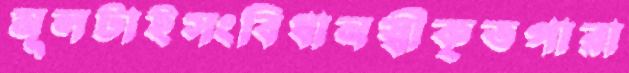
মূলটাইসংবিধানস্বীকৃতপারা